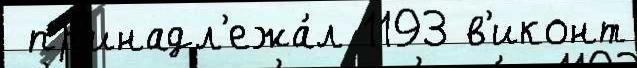
 пр'инадл'ежа́л 1193 в'иконт